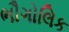
ભૌગોલિક